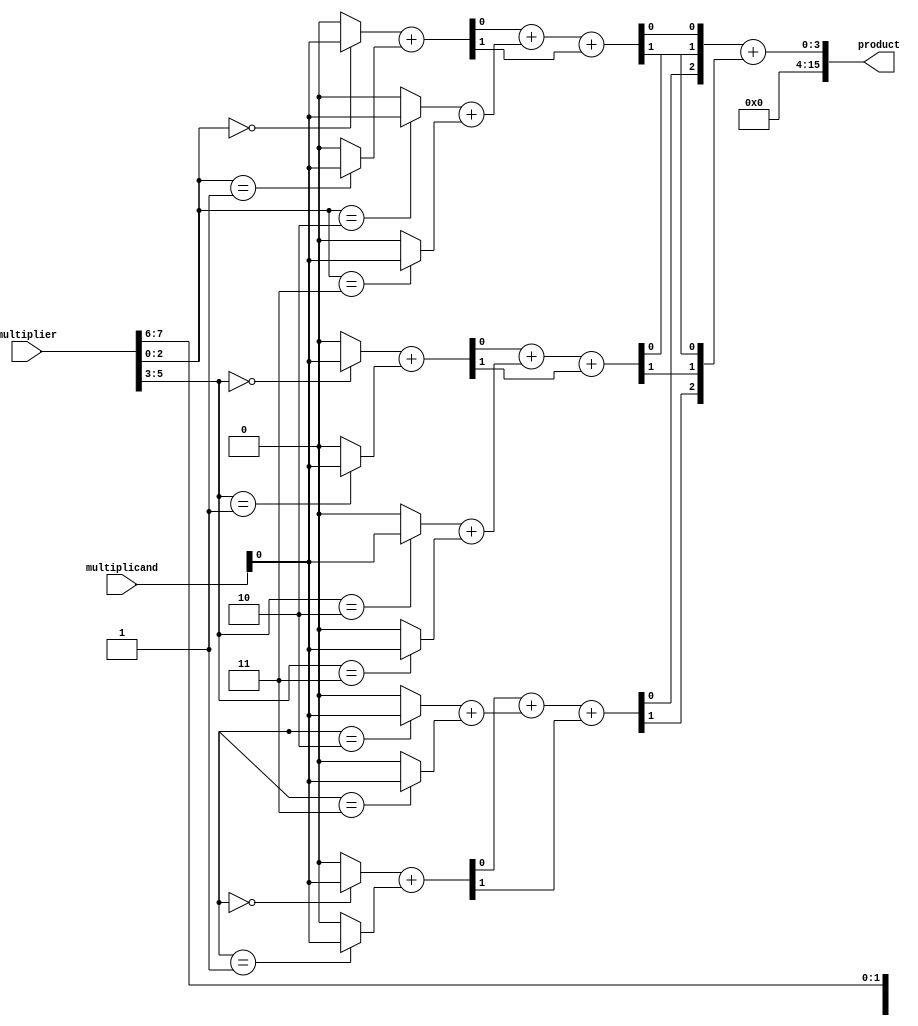
module radix8_wallace_multiplier #(parameter WIDTH = 8) (
    input  wire [WIDTH-1:0] multiplicand,
    input  wire [WIDTH-1:0] multiplier,
    output wire [2*WIDTH-1:0] product
);

    // Partial product generation
    wire [WIDTH-1:0] pp [0:7]; // Partial products
    genvar i, j;
    
    generate
        for (i = 0; i < WIDTH; i = i + 1) begin : pp_gen
            for (j = 0; j < 8; j = j + 1) begin : pp_bit
                assign pp[j][i] = (multiplier[i*3 +: 3] == j) ? multiplicand : 0;
            end
        end
    endgenerate

    // Wallace tree reduction
    wire [WIDTH-1:0] sum [0:3]; // Intermediate sums
    wire [WIDTH-1:0] carry [0:3]; // Intermediate carries

    // Stage 1: Grouping and summing
    generate
        for (i = 0; i < WIDTH; i = i + 1) begin : stage1
            // Half adders and full adders for reduction
            assign {carry[0][i], sum[0][i]} = pp[0][i] + pp[1][i];
            assign {carry[1][i], sum[1][i]} = pp[2][i] + pp[3][i];
            assign {carry[2][i], sum[2][i]} = pp[4][i] + pp[5][i];
            assign {carry[3][i], sum[3][i]} = pp[6][i] + pp[7][i];
        end
    endgenerate

    // Stage 2: Further reduction
    wire [WIDTH-1:0] final_sum;
    wire [WIDTH-1:0] final_carry;

    generate
        for (i = 0; i < WIDTH; i = i + 1) begin : stage2
            assign {final_carry[i], final_sum[i]} = sum[0][i] + sum[1][i] + carry[0][i];
        end
    endgenerate

    // Final addition
    assign product = final_sum + final_carry;

endmodule